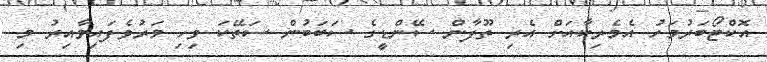
އޮކްޓޯބަރުމަހު އެމެރިކާއަށް އެރި ތޫފާން ސޭންޑީގެ ސަބަބުން ސަތޭކަ ވިހި މަރުވެފައިވާއިރު މި